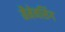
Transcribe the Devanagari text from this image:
मैमेनसिंग